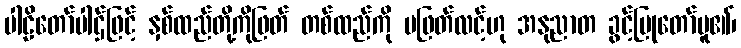
ပါဠိတော်ပါဌ်ဖြင့် နှစ်ထည်တို့ကိုဖြတ် တစ်ထည်ကို မဖြတ်လင့်ဟု အနုညာတ ခွင့်ပြုတော်မူ၏၊